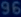
Transcribetheimage